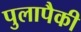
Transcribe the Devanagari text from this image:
पुलापैकी